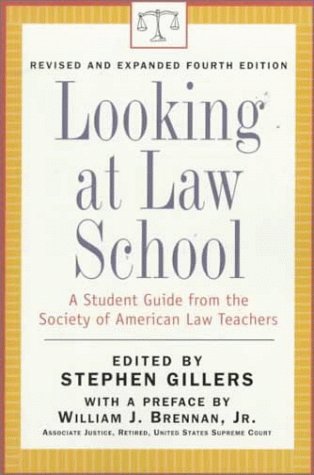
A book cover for Looking at Law School: A Student Guide from the Society of American Law Teachers; Stephen Gillers; Education & Teaching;